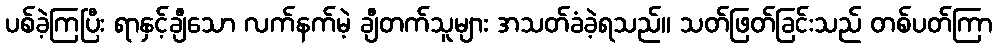
ပစ်ခဲ့ကြပြီး ရာနှင့်ချီသော လက်နက်မဲ့ ချီတက်သူများ အသတ်ခံခဲ့ရသည်။ သတ်ဖြတ်ခြင်းသည် တစ်ပတ်ကြာ